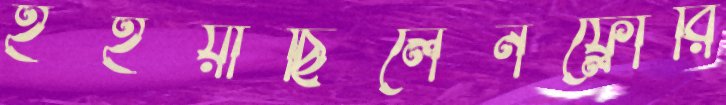
হইয়াছিলেনফ্লোরি